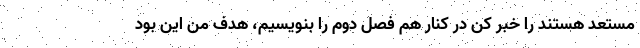
مستعد هستند را خبر کن در کنار هم فصل دوم را بنویسیم، هدف من این بود